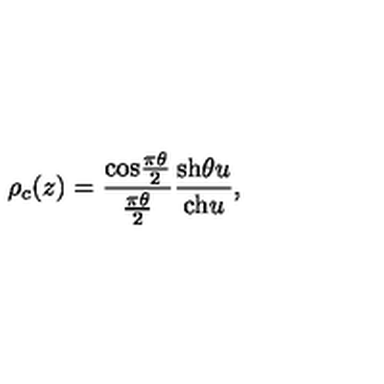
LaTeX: \rho _ { c } ( z ) = { \frac { \mathrm { c o s } { \frac { \pi \theta } { 2 } } } { \frac { \pi \theta } { 2 } } } { \frac { \mathrm { s h } \theta u } { \mathrm { c h } u } } ,